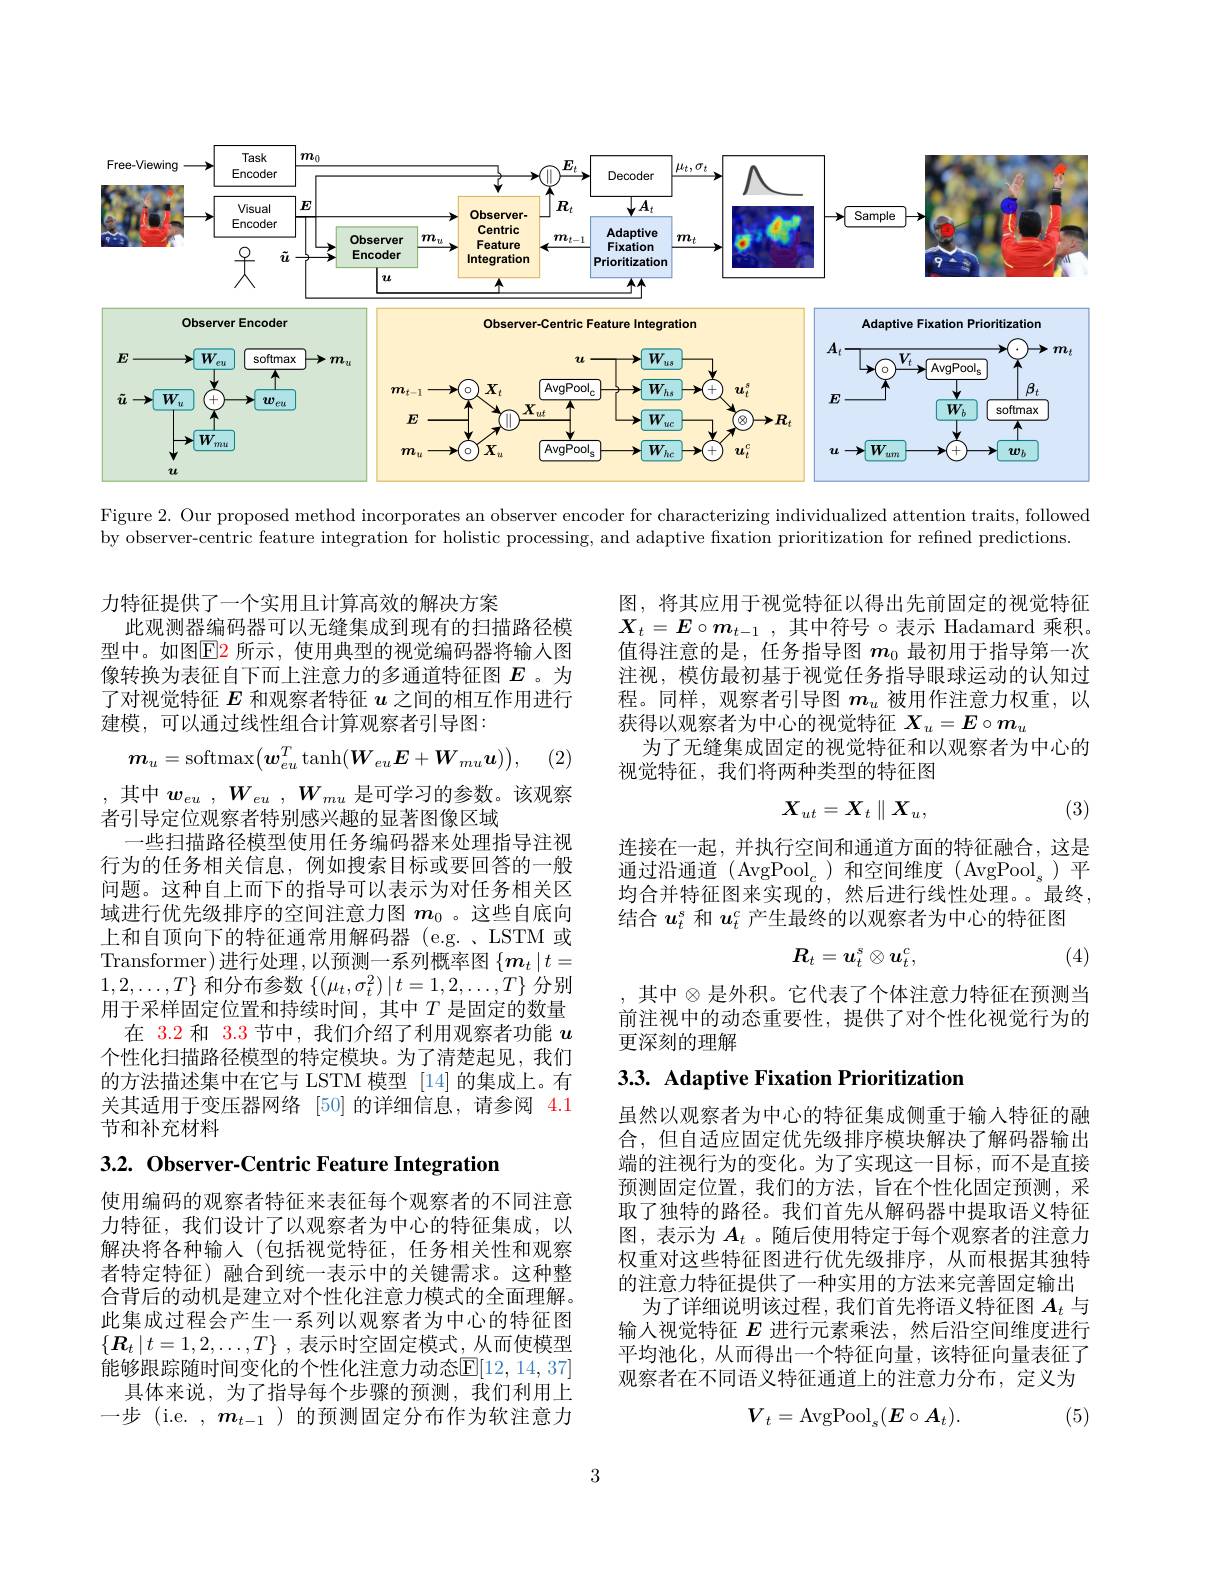
<FigureHere>

Figure 2. Our proposed method incorporates an observer encoder for characterizing individualized attention traits, followed
by observer-centric feature integration for holistic processing, and adaptive fixation prioritization for refined predictions.

力特征提供了一个实用且计算高效的解决方案
此观测器编码器可以无缝集成到现有的扫描路径模型中。如图$\color{red}{\mathrm{E}}$2 所示，使用典型的视觉编码器将输人图像转换为表征自下而上注意力的多通道特征图$E$ 。为了对视觉特征$E$和观察者特征$u$之间的相互作用进行建模，可以通过线性组合计算观察者引导图：

(2)
$$\boldsymbol{m}_u=\mathrm{softmax}\big(\boldsymbol{w}_{eu}^T\tanh(\boldsymbol{W}_{eu}\boldsymbol{E}+\boldsymbol{W}_{mu}\boldsymbol{u})\big),$$
,其中$w_{eu}$ , $W_{eu}$ , $W_{mu}$是可学习的参数。该观察

者引导定位观察者特别感兴趣的显著图像区域
一些扫描路径模型使用任务编码器来处理指导注视行为的任务相关信息，例如搜索目标或要回答的一般问题。这种自上而下的指导可以表示为对任务相关区域进行优先级排序的空间注意力图$m_0$ 。这些自底向上和自顶向下的特征通常用解码器 (e.g. ISTM 或Transformer)进行处理，以预测一系列概率图$\left\{\boldsymbol{m}_t\mid t=\right.$ $1,2,\ldots,T\}$和分布参数$\{(\mu_t,\sigma_t^2)\mid t=1,2,\ldots,T\}$分别用于采样固定位置和持续时间，其中$T$是固定的数量
在 3.2 和 3.3 节中，我们介绍了利用观察者功能$u$ 个性化扫描路径模型的特定模块。为了清楚起见，我们的方法描述集中在它与 LSTM 模型 [14] 的集成上。有关其适用于变压器网络 [50] 的详细信息，请参阅 4.1节和补充材料

3.2. Observer-Centric Feature Integration

使用编码的观察者特征来表征每个观察者的不同注意力特征，我们设计了以观察者为中心的特征集成，以解决将各种输入(包括视觉特征，任务相关性和观察者特定特征)融合到统一表示中的关键需求。这种整合背后的动机是建立对个性化注意力模式的全面理解。此集成过程会产生一系列以观察者为中心的特征图$\{ \boldsymbol{R}_t\mid t= 1, 2, \ldots , T\}$ ,表示时空固定模式，从而使模型能够跟踪随时间变化的个性化注意力动态$\mathbb{E}[12,14,37]$
具体来说，为了指导每个步骤的预测，我们利用上一步 (i.e. $,m_{t-1}$)的预测固定分布作为软注意力

图，将其应用于视觉特征以得出先前固定的视觉特征$\boldsymbol{X}_{t}= \boldsymbol{E}\circ \boldsymbol{m}_{t- 1}$ , 其中符号 $\circ$表示 Hadamard 乘积。值得注意的是，任务指导图$m_{0}$最初用于指导第一次注视，模仿最初基于视觉任务指导眼球运动的认知过程。同样，观察者引导图$m_u$被用作注意力权重，以获得以观察者为中心的视觉特征$X_u=E\circ m_u$
为了无缝集成固定的视觉特征和以观察者为中心的
视觉特征，我们将两种类型的特征图
$$X_{ut}=X_t\parallel X_u,$$
(3)

连接在一起，并执行空间和通道方面的特征融合，这是通过沿通道(AvgPool_c)和空间维度(AvgPool_s)平均合并特征图来实现的，然后进行线性处理。最终， 结合$u_t^s$和$u_t^c$产生最终的以观察者为中心的特征图
$$R_t=u_t^s\otimes u_t^c,$$
(4)

, 其中$\otimes$是外积。它代表了个体注意力特征在预测当前注视中的动态重要性，提供了对个性化视觉行为的更深刻的理解

# 3.3. Adaptive Fixation Prioritization

虽然以观察者为中心的特征集成侧重于输入特征的融合，但自适应固定优先级排序模块解决了解码器输出端的注视行为的变化。为了实现这一目标，而不是直接预测固定位置，我们的方法，旨在个性化固定预测，采取了独特的路径。我们首先从解码器中提取语义特征图，表示为$A_t$ 。随后使用特定于每个观察者的注意力权重对这些特征图进行优先级排序，从而根据其独特的注意力特征提供了一种实用的方法来完善固定输出
为了详细说明该过程，我们首先将语义特征图$A_t$与输入视觉特征$E$进行元素乘法，然后沿空间维度进行平均池化，从而得出一个特征向量，该特征向量表征了观察者在不同语义特征通道上的注意力分布，定义为
$$V_t=\mathrm{AvgPool}_s(E\circ A_t).$$
 (5)

3